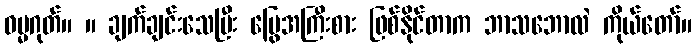
ဓမ္မဂုတ်။ ။ ချက်ချင်းသေပြီး မြွေအကြီးစား ဖြစ်နိုင်တာက ဘာသဘောလဲ ကိုယ်တော်။